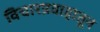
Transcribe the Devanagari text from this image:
विचारप्रवाहातून